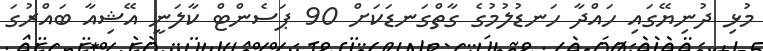
މުޅި ދުނިޔޭގައި ހައްދާ ހަނޑުލުމުގެ ގާތްގަނޑަކަށް 90 ޕަސެންޓް ކާލަނީ އޭޝިއާ ބައްރުގަ